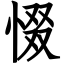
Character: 惙